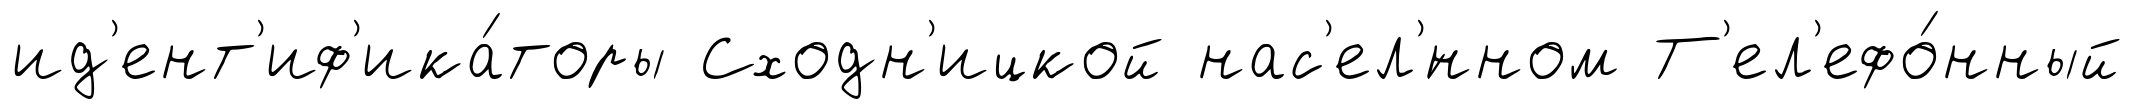
ид'ент'иф'ика́торы Сходн'ицкой нас'ел'́нном Т'ел'ефо́нный